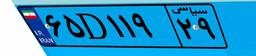
۶۵D۱۱۹۲۹